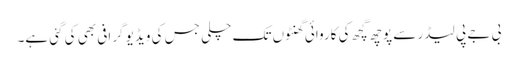
بی جے پی لیڈر سے پوچھ گچھ کی کاروائی گھنٹوں تک چلی جس کی ویڈیو گرافی بھی کی گئی ہے۔